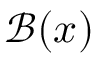
{ \mathcal { B } } ( x )